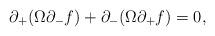
LaTeX: \begin{align*}\partial_+ ( \Omega \partial_- f )+ \partial_- ( \Omega \partial_+ f ) = 0 ,\end{align*}